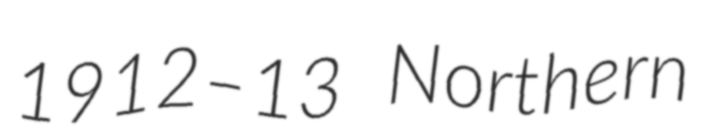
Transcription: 1912–13 Northern